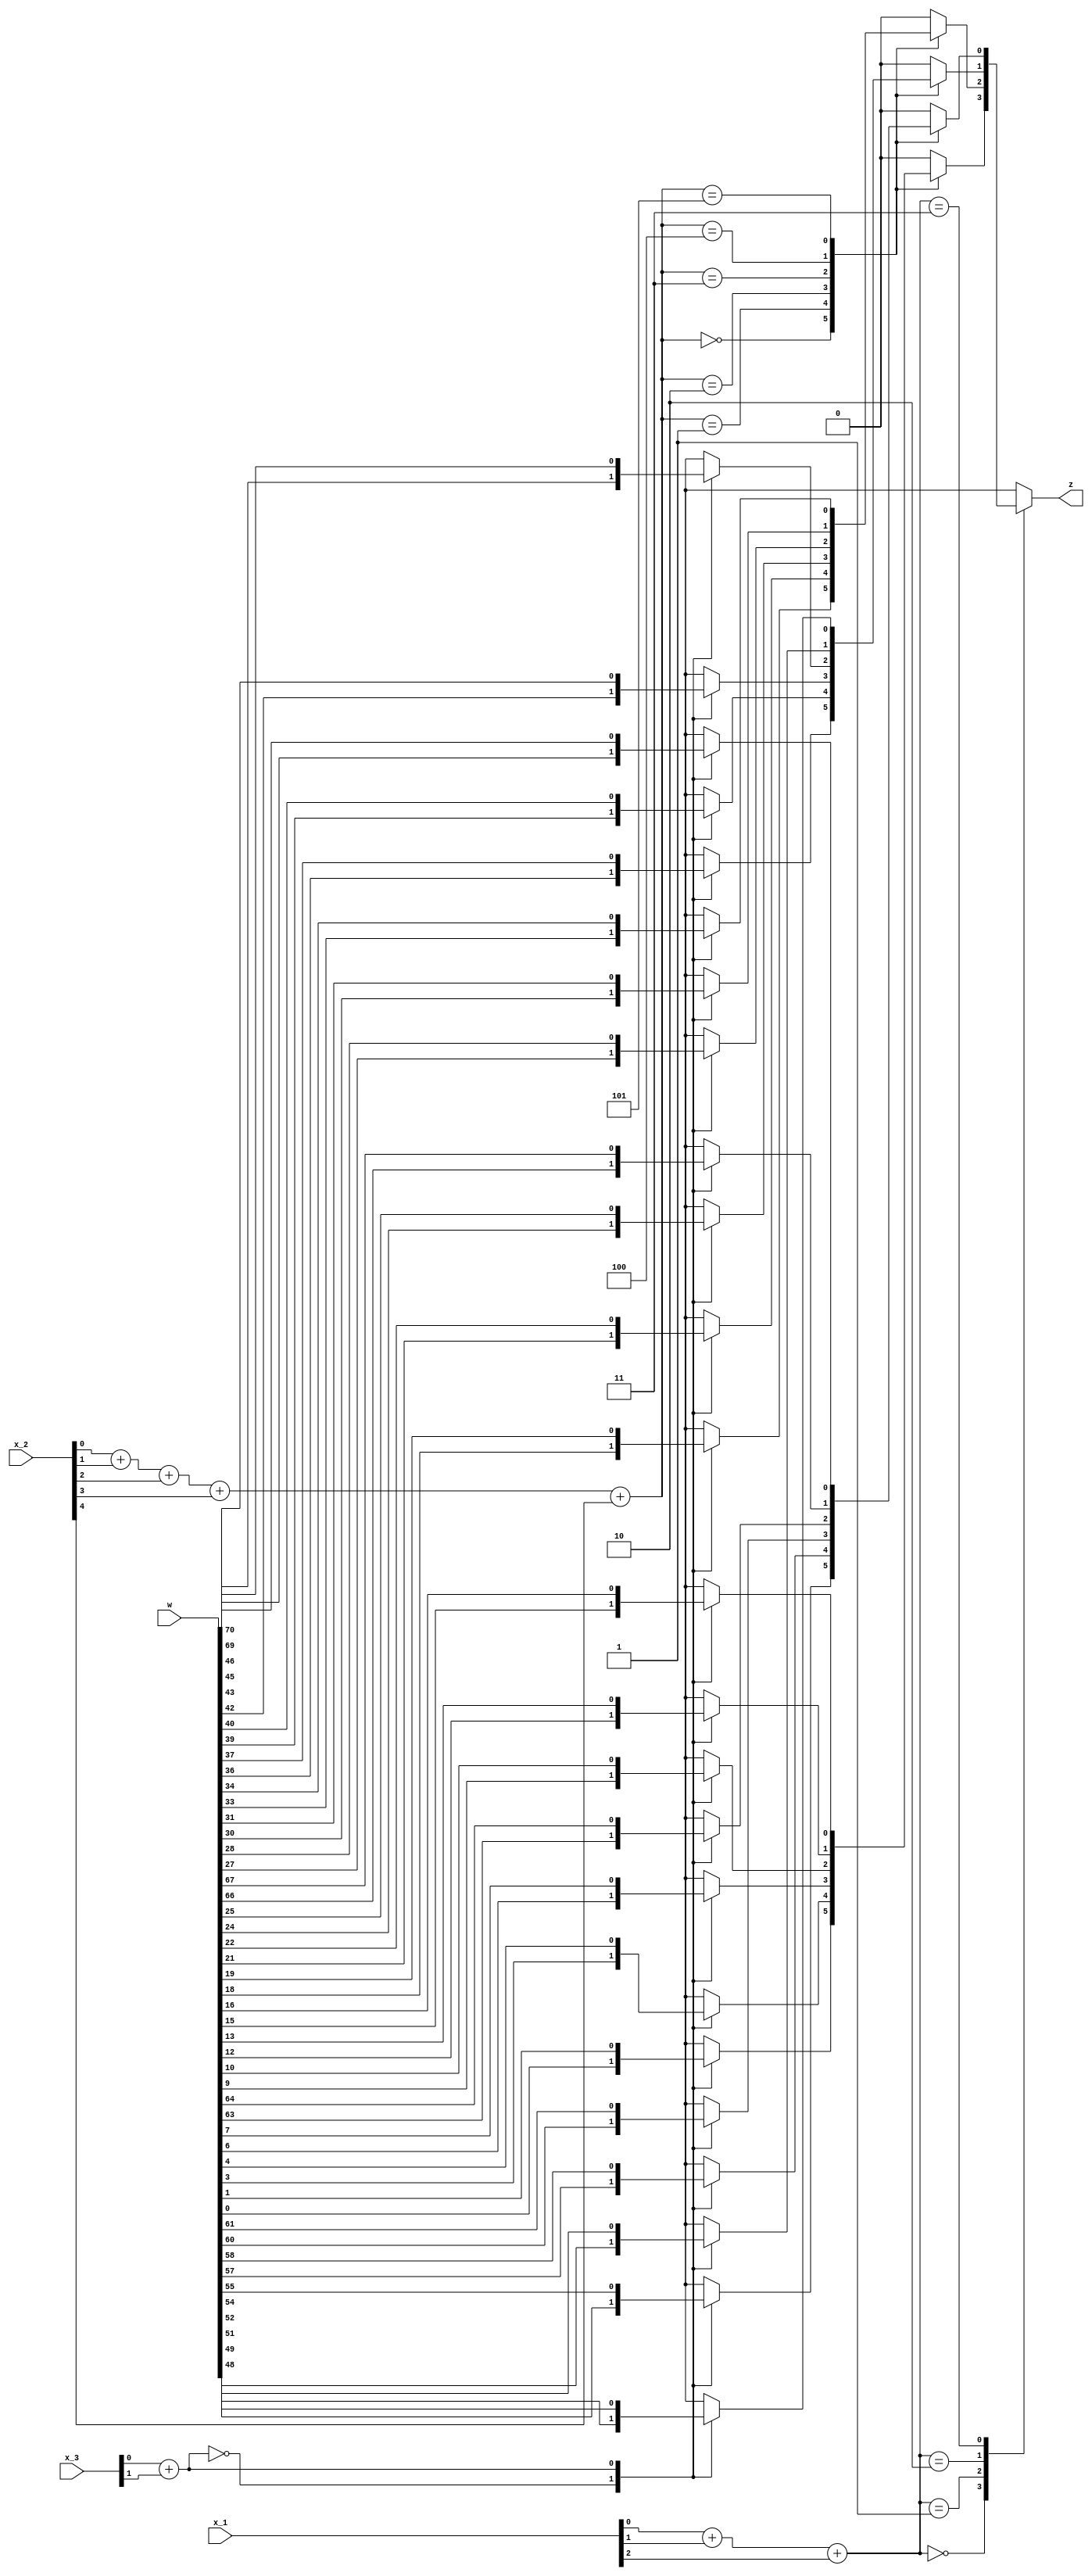
module MReSC_example( //the stochastic core of an ReSC
	input [2:0] x_1, //independent copies of x_1
	input [4:0] x_2, //independent copies of x_2
	input [1:0] x_3, //independent copies of x_3
	input [71:0] w, //Bernstein coefficients
	output reg z //output bitsream
);

	wire [1:0] sum_1; //sum of x values for mux
	assign sum_1 = x_1[0] + x_1[1] + x_1[2];

	wire [2:0] sum_2; //sum of x values for mux
	assign sum_2 = x_2[0] + x_2[1] + x_2[2] + x_2[3] + x_2[4];

	wire [0:0] sum_3; //sum of x values for mux
	assign sum_3 = x_3[0] + x_3[1];

	always @(*) begin
		case(sum_1)
			2'd0: case(sum_2)
				3'd0: case(sum_3)
					1'd0: z = w[0];
					1'd1: z = w[1];
					1'd2: z = w[2];
					default: z = 0;
				endcase
				3'd1: case(sum_3)
					1'd0: z = w[3];
					1'd1: z = w[4];
					1'd2: z = w[5];
					default: z = 0;
				endcase
				3'd2: case(sum_3)
					1'd0: z = w[6];
					1'd1: z = w[7];
					1'd2: z = w[8];
					default: z = 0;
				endcase
				3'd3: case(sum_3)
					1'd0: z = w[9];
					1'd1: z = w[10];
					1'd2: z = w[11];
					default: z = 0;
				endcase
				3'd4: case(sum_3)
					1'd0: z = w[12];
					1'd1: z = w[13];
					1'd2: z = w[14];
					default: z = 0;
				endcase
				3'd5: case(sum_3)
					1'd0: z = w[15];
					1'd1: z = w[16];
					1'd2: z = w[17];
					default: z = 0;
				endcase
				default: z = 0;
			endcase
			2'd1: case(sum_2)
				3'd0: case(sum_3)
					1'd0: z = w[18];
					1'd1: z = w[19];
					1'd2: z = w[20];
					default: z = 0;
				endcase
				3'd1: case(sum_3)
					1'd0: z = w[21];
					1'd1: z = w[22];
					1'd2: z = w[23];
					default: z = 0;
				endcase
				3'd2: case(sum_3)
					1'd0: z = w[24];
					1'd1: z = w[25];
					1'd2: z = w[26];
					default: z = 0;
				endcase
				3'd3: case(sum_3)
					1'd0: z = w[27];
					1'd1: z = w[28];
					1'd2: z = w[29];
					default: z = 0;
				endcase
				3'd4: case(sum_3)
					1'd0: z = w[30];
					1'd1: z = w[31];
					1'd2: z = w[32];
					default: z = 0;
				endcase
				3'd5: case(sum_3)
					1'd0: z = w[33];
					1'd1: z = w[34];
					1'd2: z = w[35];
					default: z = 0;
				endcase
				default: z = 0;
			endcase
			2'd2: case(sum_2)
				3'd0: case(sum_3)
					1'd0: z = w[36];
					1'd1: z = w[37];
					1'd2: z = w[38];
					default: z = 0;
				endcase
				3'd1: case(sum_3)
					1'd0: z = w[39];
					1'd1: z = w[40];
					1'd2: z = w[41];
					default: z = 0;
				endcase
				3'd2: case(sum_3)
					1'd0: z = w[42];
					1'd1: z = w[43];
					1'd2: z = w[44];
					default: z = 0;
				endcase
				3'd3: case(sum_3)
					1'd0: z = w[45];
					1'd1: z = w[46];
					1'd2: z = w[47];
					default: z = 0;
				endcase
				3'd4: case(sum_3)
					1'd0: z = w[48];
					1'd1: z = w[49];
					1'd2: z = w[50];
					default: z = 0;
				endcase
				3'd5: case(sum_3)
					1'd0: z = w[51];
					1'd1: z = w[52];
					1'd2: z = w[53];
					default: z = 0;
				endcase
				default: z = 0;
			endcase
			2'd3: case(sum_2)
				3'd0: case(sum_3)
					1'd0: z = w[54];
					1'd1: z = w[55];
					1'd2: z = w[56];
					default: z = 0;
				endcase
				3'd1: case(sum_3)
					1'd0: z = w[57];
					1'd1: z = w[58];
					1'd2: z = w[59];
					default: z = 0;
				endcase
				3'd2: case(sum_3)
					1'd0: z = w[60];
					1'd1: z = w[61];
					1'd2: z = w[62];
					default: z = 0;
				endcase
				3'd3: case(sum_3)
					1'd0: z = w[63];
					1'd1: z = w[64];
					1'd2: z = w[65];
					default: z = 0;
				endcase
				3'd4: case(sum_3)
					1'd0: z = w[66];
					1'd1: z = w[67];
					1'd2: z = w[68];
					default: z = 0;
				endcase
				3'd5: case(sum_3)
					1'd0: z = w[69];
					1'd1: z = w[70];
					1'd2: z = w[71];
					default: z = 0;
				endcase
				default: z = 0;
			endcase
			default: z = 0;
		endcase
	end
endmodule